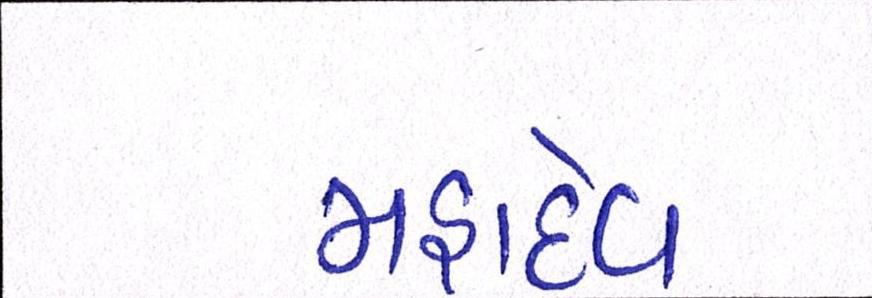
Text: મહાદેવ